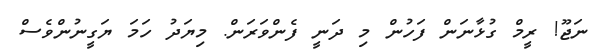
ނަޖޫ! ރީމް ގުޅާނަން ފަހުން މި ދަނީ ފެންވަރަން. މިޔަދު ހަމަ ޔަގީނުންވެސް